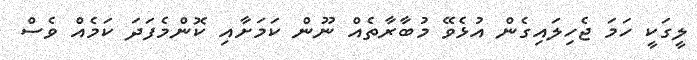
ލީގަކީ ހަމަ ޖެހިލައިގެން އުޅެވޭ މުބާރާތެއް ނޫން ކަމަށާއި ކޮންމެފަދަ ކަމެއް ވެސް